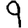
Digit: 9